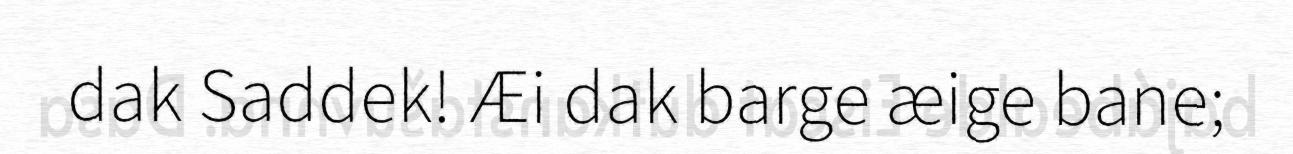
dak Saddek! Æi dak barge æige bane;